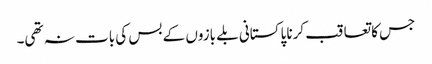
جس کا تعاقب کرنا پاکستانی بلے بازوں کے بس کی بات نہ تھی۔